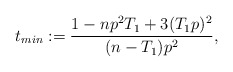
\begin{align*}t_{min}:=\frac{1- np^2 T_1+ 3 (T_1 p)^2 }{(n-T_1) p^2}, \end{align*}